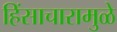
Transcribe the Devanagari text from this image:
हिंसाचारामुळे